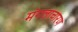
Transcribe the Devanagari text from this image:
मंगलाचारण